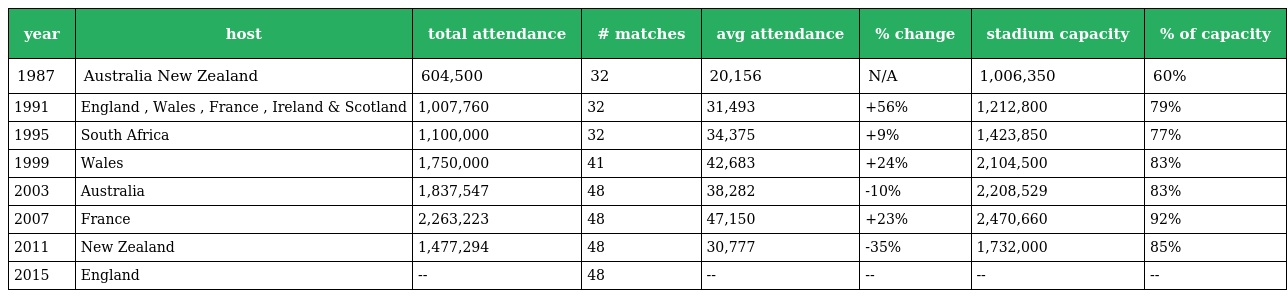
| year | host | total attendance | # matches | avg attendance | % change | stadium capacity | % of capacity |
 | --- | --- | --- | --- | --- | --- | --- | --- |
 | 1987 | Australia New Zealand | 604,500 | 32 | 20,156 | N/A | 1,006,350 | 60% |
 | 1991 | England , Wales , France , Ireland & Scotland | 1,007,760 | 32 | 31,493 | +56% | 1,212,800 | 79% |
 | 1995 | South Africa | 1,100,000 | 32 | 34,375 | +9% | 1,423,850 | 77% |
 | 1999 | Wales | 1,750,000 | 41 | 42,683 | +24% | 2,104,500 | 83% |
 | 2003 | Australia | 1,837,547 | 48 | 38,282 | -10% | 2,208,529 | 83% |
 | 2007 | France | 2,263,223 | 48 | 47,150 | +23% | 2,470,660 | 92% |
 | 2011 | New Zealand | 1,477,294 | 48 | 30,777 | -35% | 1,732,000 | 85% |
 | 2015 | England | -- | 48 | -- | -- | -- | -- |